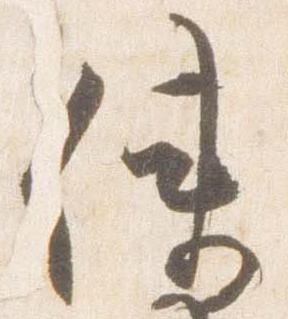
使